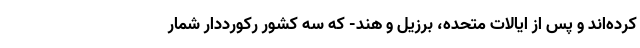
کرده‌اند و پس از ایالات متحده، برزیل و هند- که سه کشور رکورددار شمار